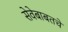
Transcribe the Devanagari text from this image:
सेवेबाबतचे